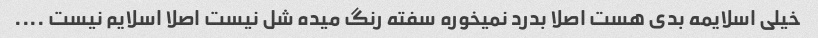
خیلی اسلایمه بدی هست اصلا بدرد نمیخوره سفته رنگ میده شل نیست اصلا اسلایم نیست ....